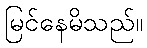
မြင်နေမိသည်။